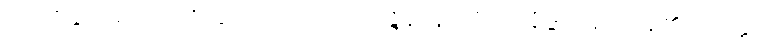
ပုဒ်တို့နှင့်။ ယောဇေတွာ၊ ၍။ သဋ္ဌိဝိဿဇ္ဇနာနိ၊ တို့ကို။ နိဒ္ဒိဋ္ဌာနိ၊ ကုန်၏။ တတ္ထ၊